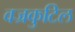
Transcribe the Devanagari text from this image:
वज्रकुटिल